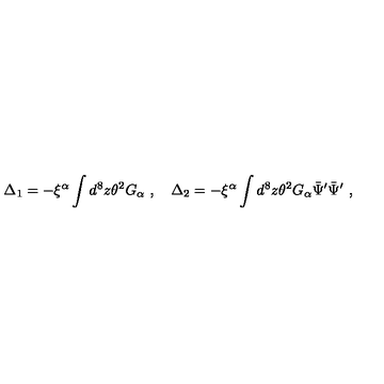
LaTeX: \Delta _ { 1 } = - \xi ^ { \alpha } \int d ^ { 8 } z \theta ^ { 2 } G _ { \alpha } \ , \quad \Delta _ { 2 } = - \xi ^ { \alpha } \int d ^ { 8 } z \theta ^ { 2 } G _ { \alpha } \bar { \Psi } ^ { \prime } \bar { \Psi } ^ { \prime } \ ,